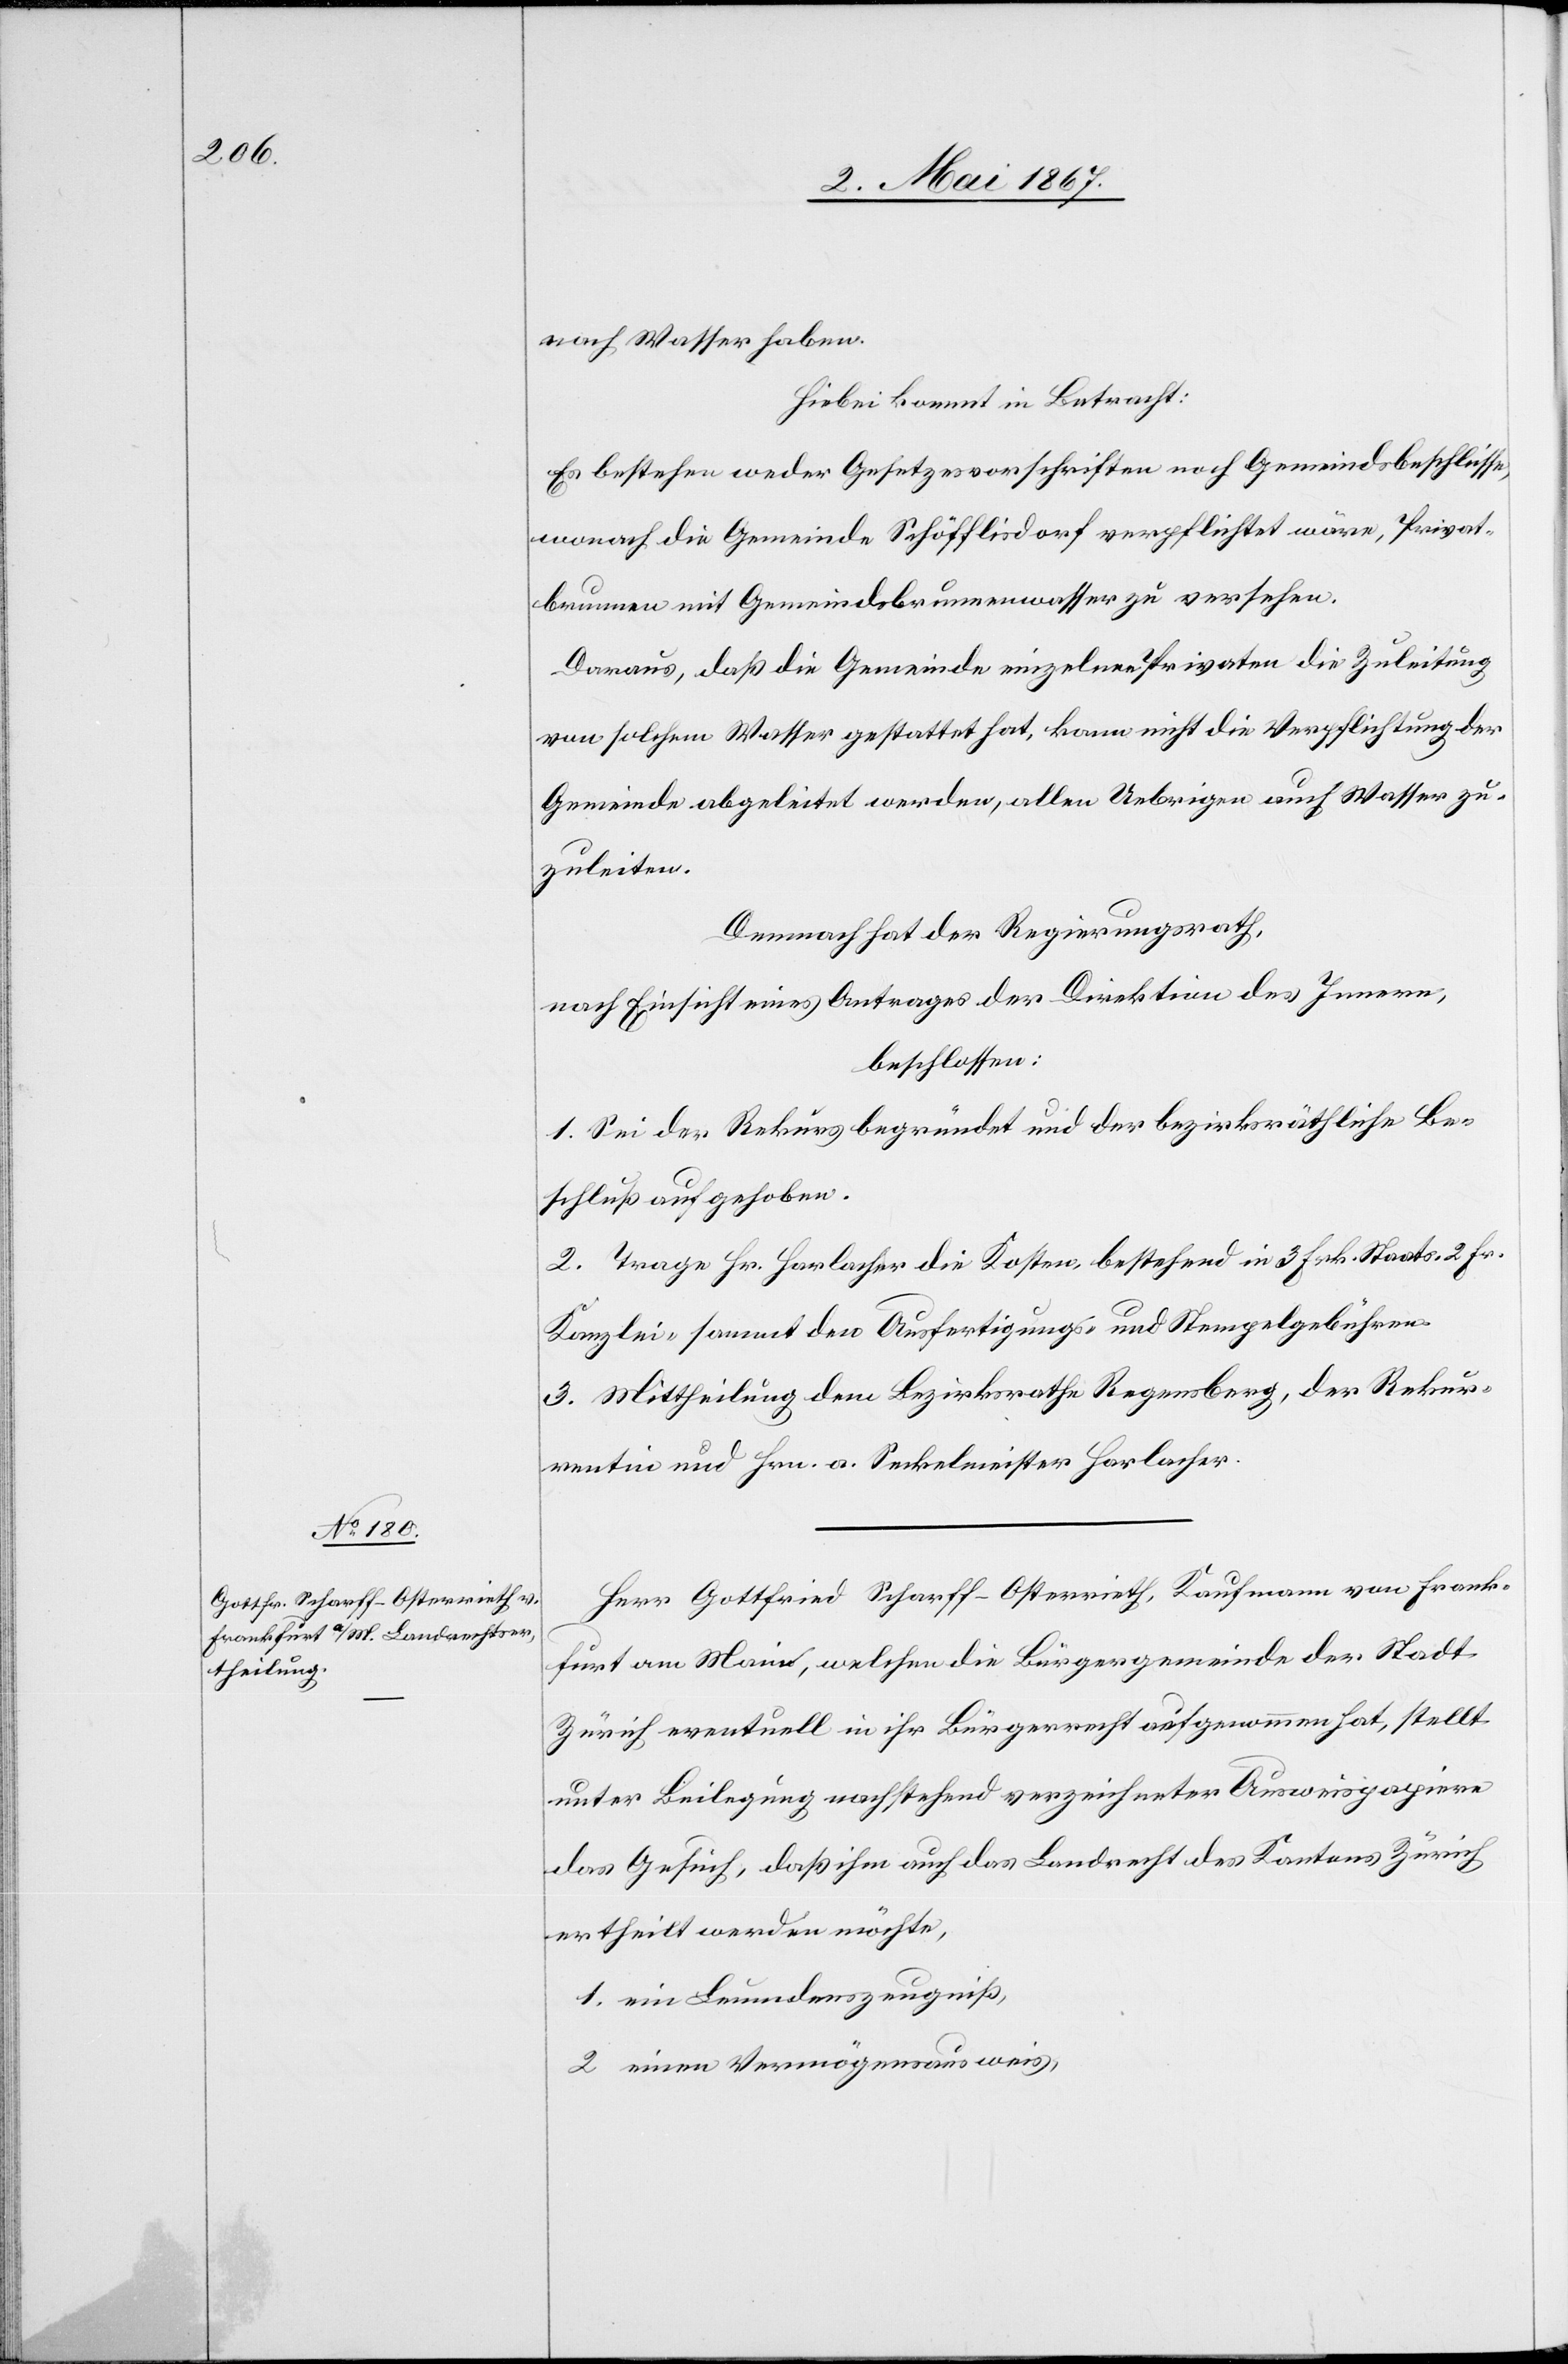
nach Wasser haben.
Hiebei kommt in Betracht:
Es bestehen weder Gesetzesvorschriften noch Gemeindsbeschlüsse,
wonach die Gemeinde Schöfflisdorf verpflichtet wäre, Privat¬
brunnen mit Gemeindsbrunnenwasser zu versehen.
Daraus, daß die Gemeinde einzelnen Privaten die Zuleitung
von solchem Wasser gestattet hat, kann nicht die Verpflichtung der
Gemeinde abgeleitet werden, allen Uebrigen auch Wasser zu¬
zuleiten.
Demnach hat der Regierungsrath,
nach Einsicht eines Antrages der Direktion des Innern,
beschlossen:
1. Sei der Rekurs begründet und der bezirksräthliche Be¬
schluß aufgehoben.
2. Trage Hr. Horlacher die Kosten, bestehend in 3 Frk. Staats-[,] 2 Fr.
Kanzlei- sammt den Ausfertigungs- und Stempelgebühren.
3. Mittheilung dem Bezirksrathe Regensberg, der Rekur¬
rentin und Hrn. a. Seckelmeister Horlacher.
Herr Gottfried Scharff-Osterrieth, Kaufmann von Frank¬
furt am Main, welchen die Bürgergemeinde der Stadt
Zürich eventuell in ihr Bürgerrecht aufgenommen hat, stellt
unter Beilegung nachstehend verzeichneter Ausweispapiere
das Gesuch, daß ihm auch das Landrecht des Kantons Zürich
ertheilt werden möchte,
1. ein Leumdenszeugniß,
2. einen Vermögensausweis,